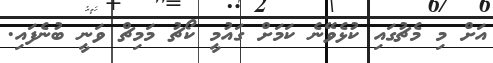
އަށް މި މެޗުގައި ކުޅެވޭނެ ކަމަށް ގައުމީ ކޯޗު މަމިޗް ވަނީ ބުނެފައި.